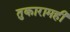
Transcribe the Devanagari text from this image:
तुकारामही